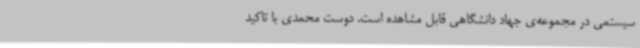
سیستمی در مجموعه‌ی جهاد دانشگاهی قابل مشاهده است. دوست محمدی با تاکید